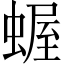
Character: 𧎜